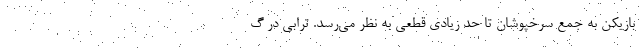
بازیکن به جمع سرخپوشان تا حد زیادی قطعی به نظر می‌رسد. ترابی در گ